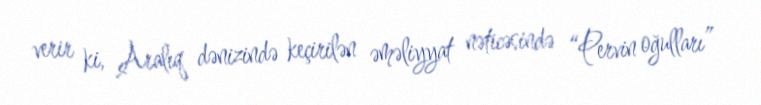
verir ki, Aralıq dənizində keçirilən əməliyyat nəticəsində “Pervin oğulları”